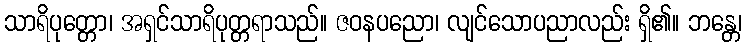
သာရိပုတ္တော၊ အရှင်သာရိပုတ္တရာသည်။ ဇဝနပညော၊ လျင်သောပညာလည်း ရှိ၏။ ဘန္တေ၊